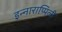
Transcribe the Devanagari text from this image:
इन्नाराप्पिली